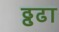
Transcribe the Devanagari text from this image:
ढ्ढढा